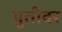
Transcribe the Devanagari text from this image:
युतीवर